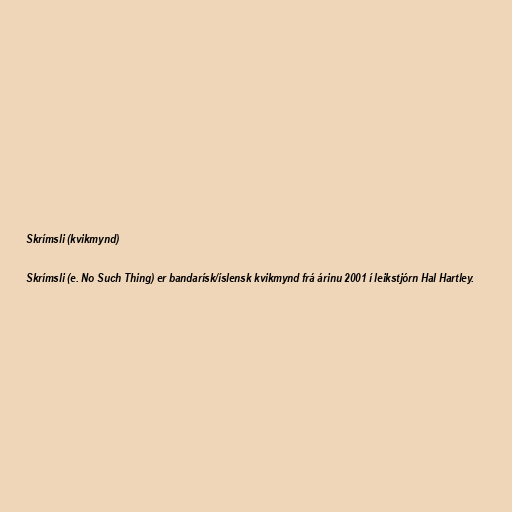
Skrímsli (kvikmynd)

Skrímsli (e. No Such Thing) er bandarísk/íslensk kvikmynd frá árinu 2001 í leikstjórn Hal Hartley.